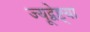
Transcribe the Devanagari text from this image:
ज्यूद्वेष्ट्या